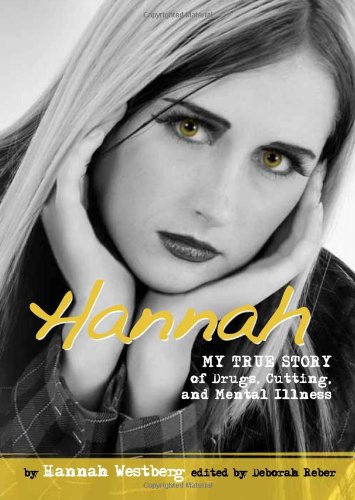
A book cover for Hannah: My True Story of Drugs, Cutting, and Mental Illness (Louder Than Words); Hannah Westberg; Teen & Young Adult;